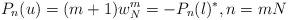
LaTeX: \begin{gather*}P_n(u)=(m+1)w_N^m=-P_n(l)^*,n=mN\end{gather*}